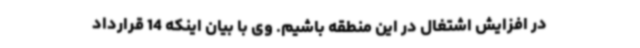
در افزایش اشتغال در این منطقه باشیم. وی با بیان اینکه 14 قرارداد